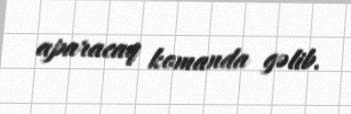
aparacaq komanda gəlib.